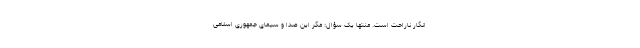
انگار ناراحت است. منتها یک سؤال: مگر این صدا و سیمای جمهوری اسلامی